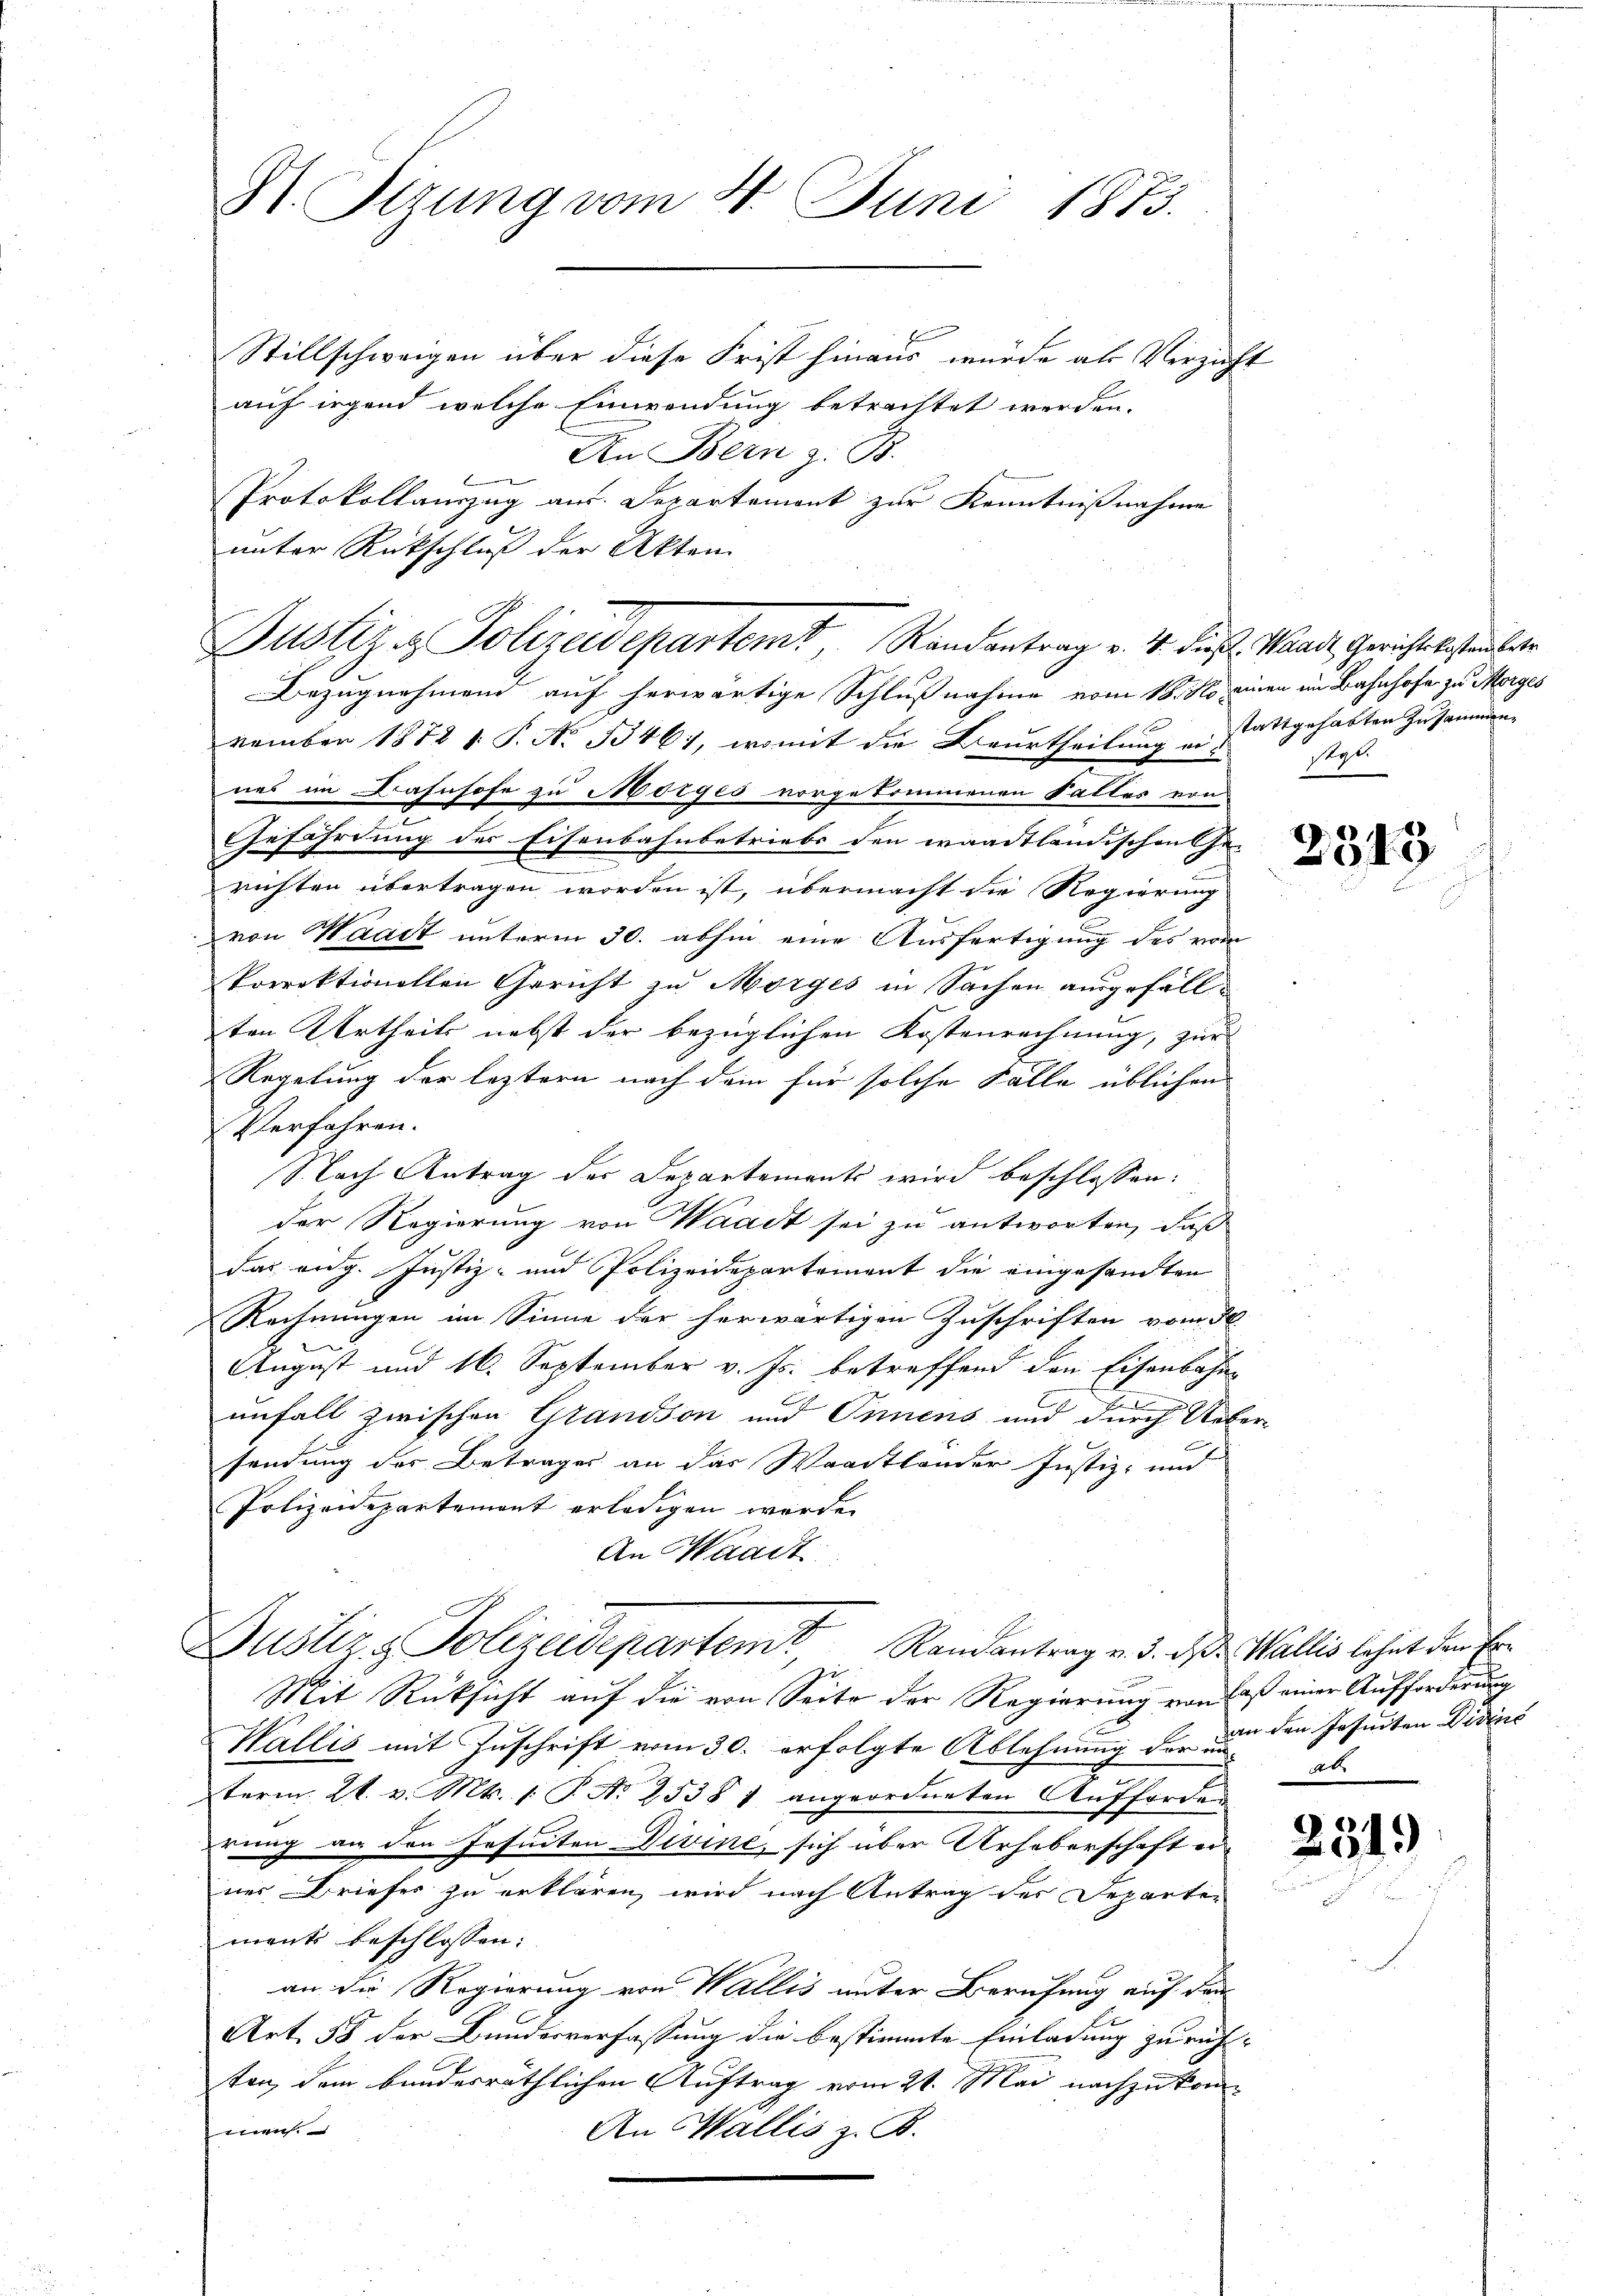
Stillschweigen über diese Frist hinaus wurde als Verzicht
auf irgend welche Einwendung betrachtet werden.
An Bern z. B.

Protokollauszug aus. Departement zur Kenntnißnahme
unter Rückschluß der Akten.
Bezugnehmend auf herwärtige Schlußnahme vom 18. No. einen im Bahnhofe zu Morges
vember 1872 t. P. Nr. 33461, womit die Beurtheilung eines im Bahnhofe zu Morges vorgekommenen Sattes von
Gefährdung der Eisenbahnbetriebs den waadtländischen Ge-
richten übertragen worden ist, übermacht die Regierung
von Waadt unterm 30. abhin eine Ausfertigung des vom
Porrektionellen Gericht zu Morges in Sachen ausgefällten Urtheils nebst der bezüglichen Kostenrechnung, zur
Regelung der leztern nach dem für solche Fälle üblichen
Verfahren.
Nach Antrag des Departements wird beschlossen:
der Regierung von Waadt sei zu antworten, daß
das eng. Justiz- und Polizeidepartement die eingesandten
Rechnungen im Sinne der herwärtigen Zuschriften vom 30.
August und 16. September v. Js. betreffend den Eisenbahne
e
unfall zwischen Grandson und Innens und durch Uebersendung der Betrages an das Waadtlander Justiz- und
Polizeidepartement erledigen würde.
An Waadt
Justiz & Polizeidepartemt, Randantrag v. 3. ds. Wallis lehnt den Er¬
Mit Rücksicht auf die von Seite der Regierung von daß einer Aufforderung
Wallis mit Zuschrift vom 30. erfolgte Ablehnung der unterm 21. v. Mt. 1. P. Nr. 2538 1 angeordneten Aŭfforden
rung an den Jesuiten Divine, sich über Urheberschaft au
ner Briefes zu erklären, wird nach Antrag des Departen
ments beschlossen:
an die Regierung von Wallis unter Berufung auf den
e
Art. 58 der Bundesverfassung die bestimmte Einladung zu richten, dem bunderräthlichen Auftrag vom 21. Mai nachzukommen.
An Wallis z. B.

St. Sizung vom 4. Juni 1873.

Justiz & Polizeidepartemt, Randantrag v. 4. dieß. Waadt, Gerichtskostenber

stattgehabten Zusammen.
sta.

2343

an den Jesuiten Didins
ab.